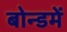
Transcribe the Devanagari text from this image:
बोन्डमें